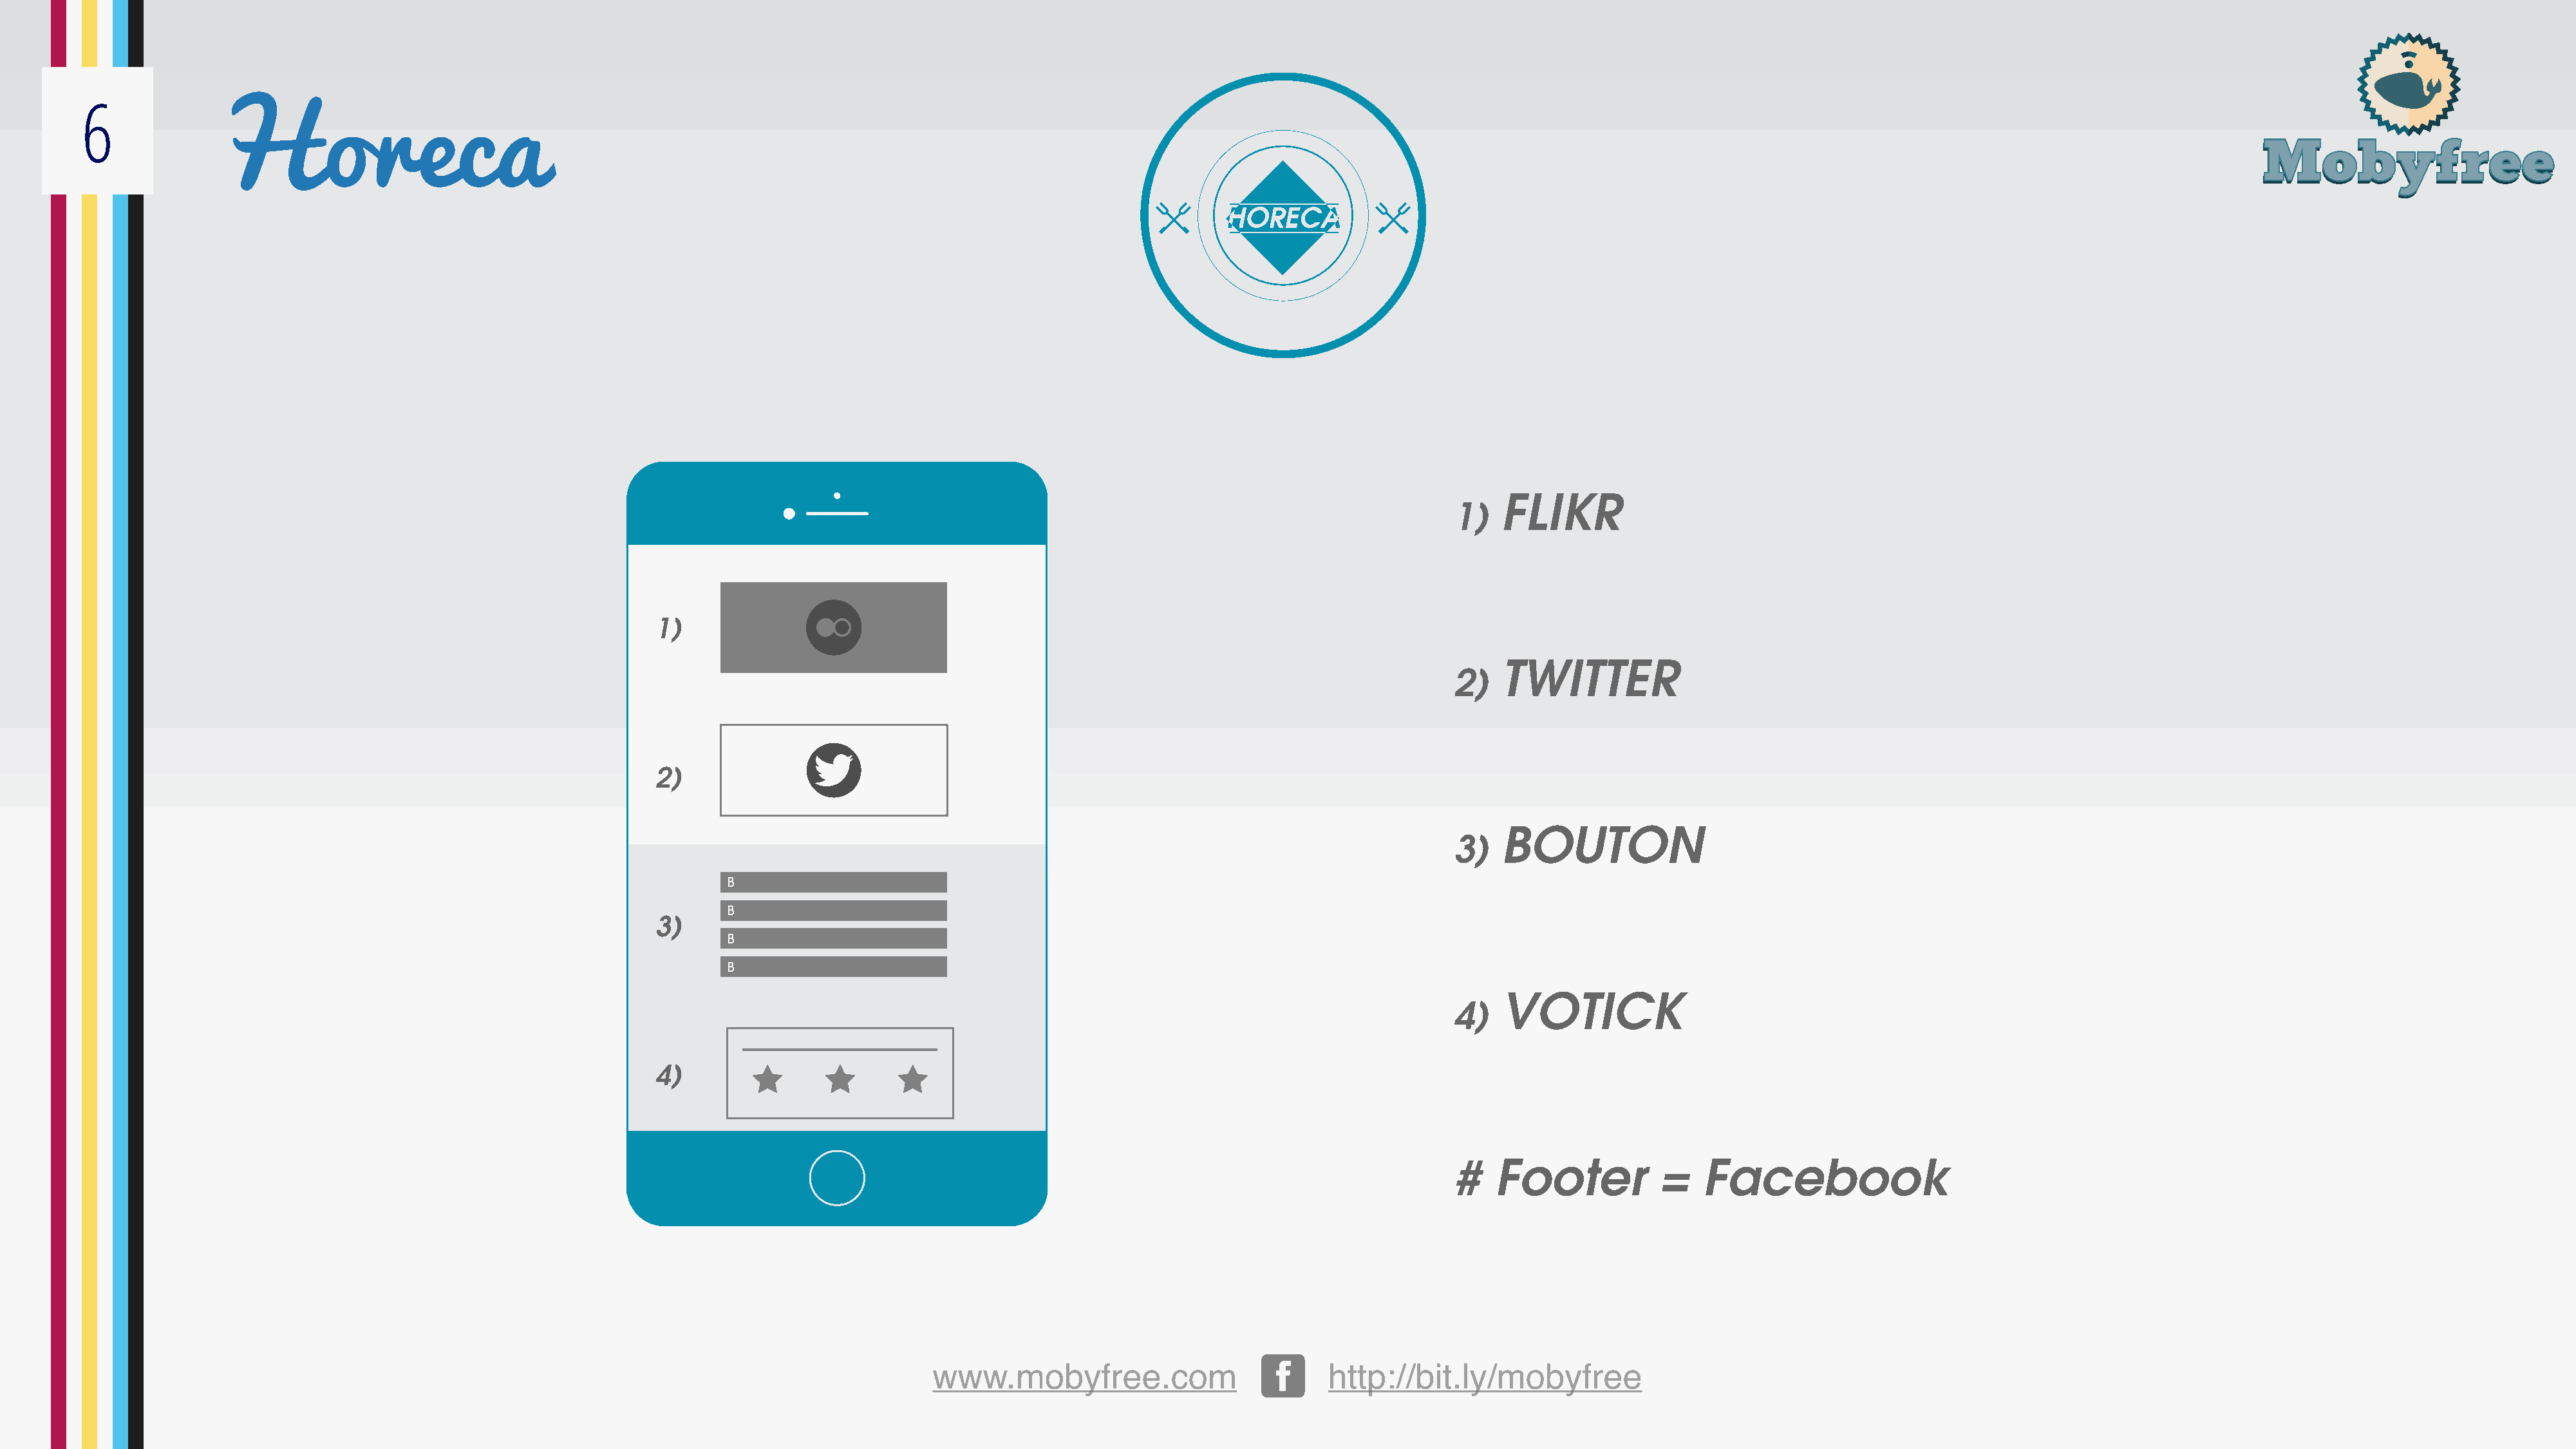
6
 Horeca
 FLIKR
 1)
 1)
 TWITTER
 2)
 2)
 BOUTON
 3)
 B
 B
 3)
 B
 B
 VOTICK
 4)
 4)
 #    Footer           =   Facebook
 www.mobyfree.com                         http://bit.ly/mobyfree